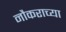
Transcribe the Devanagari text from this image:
नौकराच्या